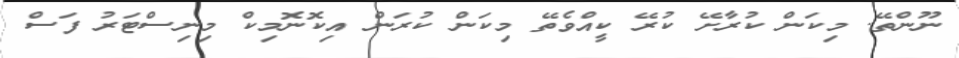
ނޫންތޭ. މިކަން ކުރާށޭ ކުރޭ ކީއްވެތޭ މިކަން ކުރަން އިކޮނޮމިކް މިނިސްޓަރު ފަސް